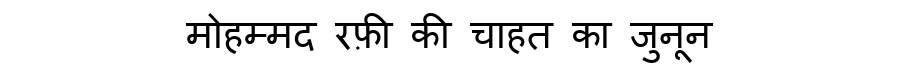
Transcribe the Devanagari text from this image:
मोहम्मद रफ़ी की चाहत का जुनून